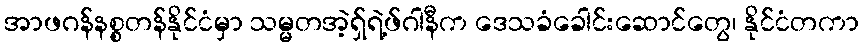
အာဖဂန်နစ္စတန်နိုင်ငံမှာ သမ္မတအဲ့ရှ်ရဲ့ဖ်ဂါနီက ဒေသခံခေါင်းဆောင်တွေ၊ နိုင်ငံတကာ